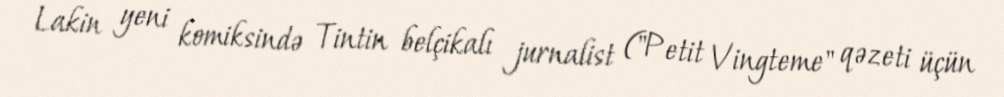
Lakin yeni komiksində Tintin belçikalı jurnalist ("Petit Vingteme" qəzeti üçün